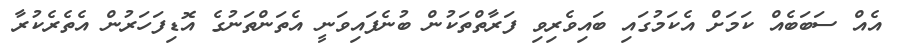
އެއް ސަބަބެއް ކަމަށް އެކަމުގައި ބައިވެރިވި ފަރާތްތަކުން ބުނެފައިވަނީ އެތަންތަނުގެ އޮޑިފަހަރުން އެތެރެކުރާ